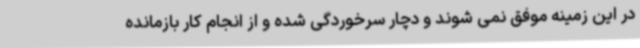
در این زمینه موفق نمی شوند و دچار سرخوردگی شده و از انجام کار بازمانده